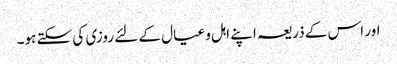
اور اس کے ذریعہ اپنے اہل و عیال کے لئے روزی کی سکتے ہو۔